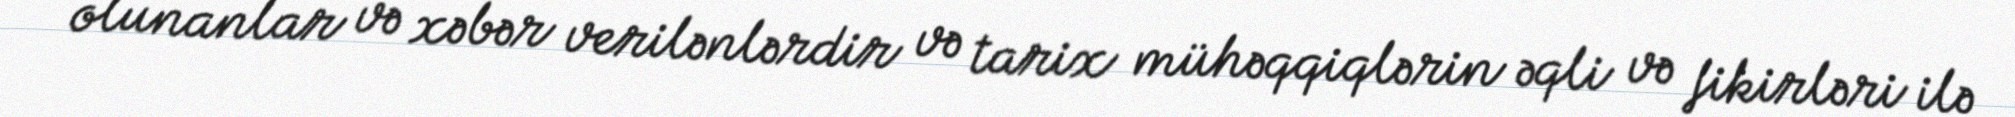
olunanlar və xəbər verilənlərdir və tarix mühəqqiqlərin əqli və fikirləri ilə